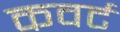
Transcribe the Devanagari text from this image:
कवर्ट